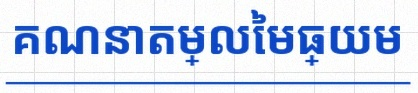
គណនាតម្លៃមធ្យម